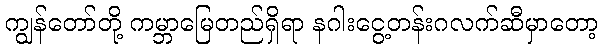
ကျွန်တော်တို့ ကမ္ဘာမြေတည်ရှိရာ နဂါးငွေ့တန်းဂလက်ဆီမှာတော့